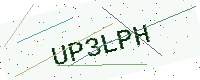
Text: UP3LPH